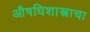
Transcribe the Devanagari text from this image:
औषधिशास्त्राचा